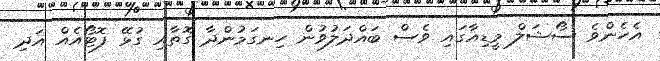
އެހެންވެ ސޯޝަލް މީޑިއާގައި ވެސް ބައްދަލުވުން ހިނގަމުންދާ ގޮތާއި ގުޅޭ ފޮޓޯއެއް އަދި